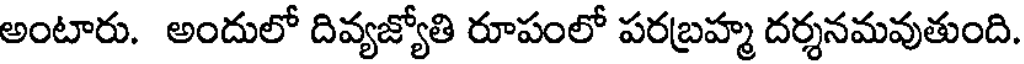
అంటారు. అందులో దివ్యజ్యోతి రూపంలో పరబ్రహ్మ దర్శనమవుతుంది.